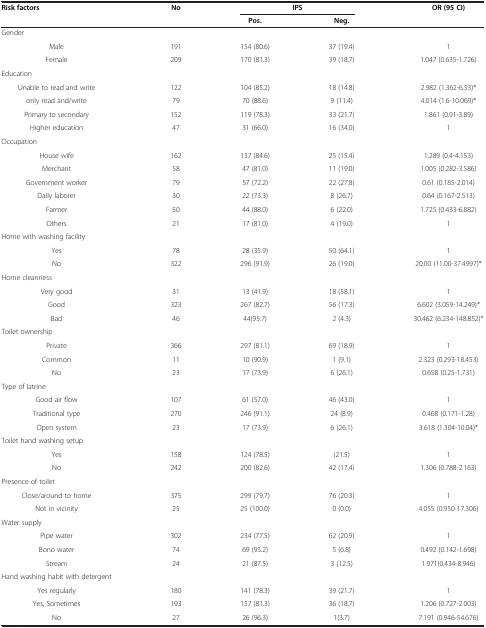
<table><thead><tr><td rowspan="2"><b>Risk factors</b></td><td rowspan="2"><b>No</b></td><td colspan="2"><b>IPS</b></td><td rowspan="2"><b>OR (95 CI)</b></td></tr><tr><td><b>Pos.</b></td><td><b>Neg.</b></td></tr></thead><tbody><tr><td>Gender</td><td> </td><td> </td><td> </td><td> </td></tr><tr><td>Male</td><td>191</td><td>154 (80.6)</td><td>37 (19.4)</td><td>1</td></tr><tr><td>Female</td><td>209</td><td>170 (81.3)</td><td>39 (18.7)</td><td>1.047 (0.635-1.726)</td></tr><tr><td>Education</td><td> </td><td> </td><td> </td><td> </td></tr><tr><td>Unable to read and write</td><td>122</td><td>104 (85.2)</td><td>18 (14.8)</td><td>2.982 (1.362-6.53)*</td></tr><tr><td>only read and/write</td><td>79</td><td>70 (88.6)</td><td>9 (11.4)</td><td>4.014 (1.6-10.069)*</td></tr><tr><td>Primary to secondary</td><td>152</td><td>119 (78.3)</td><td>33 (21.7)</td><td>1.861 (0.91-3.89)</td></tr><tr><td>Higher education</td><td>47</td><td>31 (66.0)</td><td>16 (34.0)</td><td>1</td></tr><tr><td>Occupation</td><td> </td><td> </td><td> </td><td> </td></tr><tr><td>House wife</td><td>162</td><td>137 (84.6)</td><td>25 (15.4)</td><td>1.289 (0.4-4.153)</td></tr><tr><td>Merchant</td><td>58</td><td>47 (81.0)</td><td>11 (19.0)</td><td>1.005 (0.282-3.586)</td></tr><tr><td>Government worker</td><td>79</td><td>57 (72.2)</td><td>22 (27.8)</td><td>0.61 (0.185-2.014)</td></tr><tr><td>Daily laborer</td><td>30</td><td>22 (73.3)</td><td>8 (26.7)</td><td>0.64 (0.167-2.513)</td></tr><tr><td>Farmer</td><td>50</td><td>44 (88.0)</td><td>6 (22.0)</td><td>1.725 (0.433-6.882)</td></tr><tr><td>Others</td><td>21</td><td>17 (81.0)</td><td>4 (19.0)</td><td>1</td></tr><tr><td>Home with washing facility</td><td> </td><td> </td><td> </td><td> </td></tr><tr><td>Yes</td><td>78</td><td>28 (35.9)</td><td>50 (64.1)</td><td>1</td></tr><tr><td>No</td><td>322</td><td>296 (91.9)</td><td>26 (19.0)</td><td>20.00 (11.00-37.4997)*</td></tr><tr><td>Home cleanness</td><td> </td><td> </td><td> </td><td> </td></tr><tr><td>Very good</td><td>31</td><td>13 (41.9)</td><td>18 (58.1)</td><td>1</td></tr><tr><td>Good</td><td>323</td><td>267 (82.7)</td><td>56 (17.3)</td><td>6.602 (3.059-14.249)*</td></tr><tr><td>Bad</td><td>46</td><td>44(95.7)</td><td>2 (4.3)</td><td>30.462 (6.234-148.852)*</td></tr><tr><td>Toilet ownership</td><td> </td><td> </td><td> </td><td> </td></tr><tr><td>Private</td><td>366</td><td>297 (81.1)</td><td>69 (18.9)</td><td>1</td></tr><tr><td>Common</td><td>11</td><td>10 (90.9)</td><td>1 (9.1)</td><td>2.323 (0.293-18.453)</td></tr><tr><td>No</td><td>23</td><td>17 (73.9)</td><td>6 (26.1)</td><td>0.658 (0.25-1.731)</td></tr><tr><td>Type of latrine</td><td> </td><td> </td><td> </td><td> </td></tr><tr><td>Good air flow</td><td>107</td><td>61 (57.0)</td><td>46 (43.0)</td><td>1</td></tr><tr><td>Traditional type</td><td>270</td><td>246 (91.1)</td><td>24 (8.9)</td><td>0.468 (0.171-1.28)</td></tr><tr><td>Open system</td><td>23</td><td>17 (73.9)</td><td>6 (26.1)</td><td>3.618 (1.304-10.04)*</td></tr><tr><td>Toilet hand washing setup</td><td> </td><td> </td><td> </td><td> </td></tr><tr><td>Yes</td><td>158</td><td>124 (78.5)</td><td>(21.5)</td><td>1</td></tr><tr><td>No</td><td>242</td><td>200 (82.6)</td><td>42 (17.4)</td><td>1.306 (0.788-2.163)</td></tr><tr><td>Presence of toilet</td><td> </td><td> </td><td> </td><td> </td></tr><tr><td>Close/around to home</td><td>375</td><td>299 (79.7)</td><td>76 (20.3)</td><td>1</td></tr><tr><td>Not in vicinity</td><td>25</td><td>25 (100.0)</td><td>0 (0.0)</td><td>4.055 (0.950-17.306)</td></tr><tr><td>Water supply</td><td> </td><td> </td><td> </td><td> </td></tr><tr><td>Pipe water</td><td>302</td><td>234 (77.5)</td><td>62 (20.9)</td><td>1</td></tr><tr><td>Bono water</td><td>74</td><td>69 (93.2)</td><td>5 (6.8)</td><td>0.492 (0.142-1.698)</td></tr><tr><td>Stream</td><td>24</td><td>21 (87.5)</td><td>3 (12.5)</td><td>1.971(0.434-8.946)</td></tr><tr><td>Hand washing habit with detergent</td><td> </td><td> </td><td> </td><td> </td></tr><tr><td>Yes regularly</td><td>180</td><td>141 (78.3)</td><td>39 (21.7)</td><td>1</td></tr><tr><td>Yes, Sometimes</td><td>193</td><td>157 (81.3)</td><td>36 (18.7)</td><td>1.206 (0.727-2.003)</td></tr><tr><td>No</td><td>27</td><td>26 (96.3)</td><td>1(3.7)</td><td>7.191 (0.946-54.676)</td></tr></tbody></table>